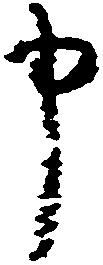
申